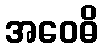
အဝေဓိ